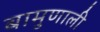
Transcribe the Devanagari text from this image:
बामुणाली